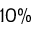
1 0 \%